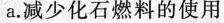
a。减少化石燃料的使用